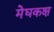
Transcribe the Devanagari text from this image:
मेघकक्ष